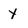
Character: X